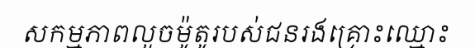
សកម្មភាពលួចម៉ូតូរបស់ជនរងគ្រោះឈ្មោះ